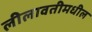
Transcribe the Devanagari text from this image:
लीलावतीमधील